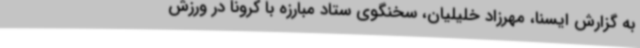
به گزارش ایسنا، مهرزاد خلیلیان، سخنگوی ستاد مبارزه با کرونا در ورزش